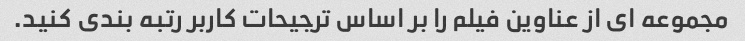
مجموعه ای از عناوین فیلم را بر اساس ترجیحات کاربر رتبه بندی کنید.